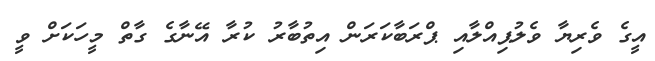
އީގެ ވެރިޔާ ވެލުޕިއްލާއި ޕްރަބާކަރަން އިތުބާރު ކުރާ އޭނާގެ ގާތް މީހަކަށް ވީ